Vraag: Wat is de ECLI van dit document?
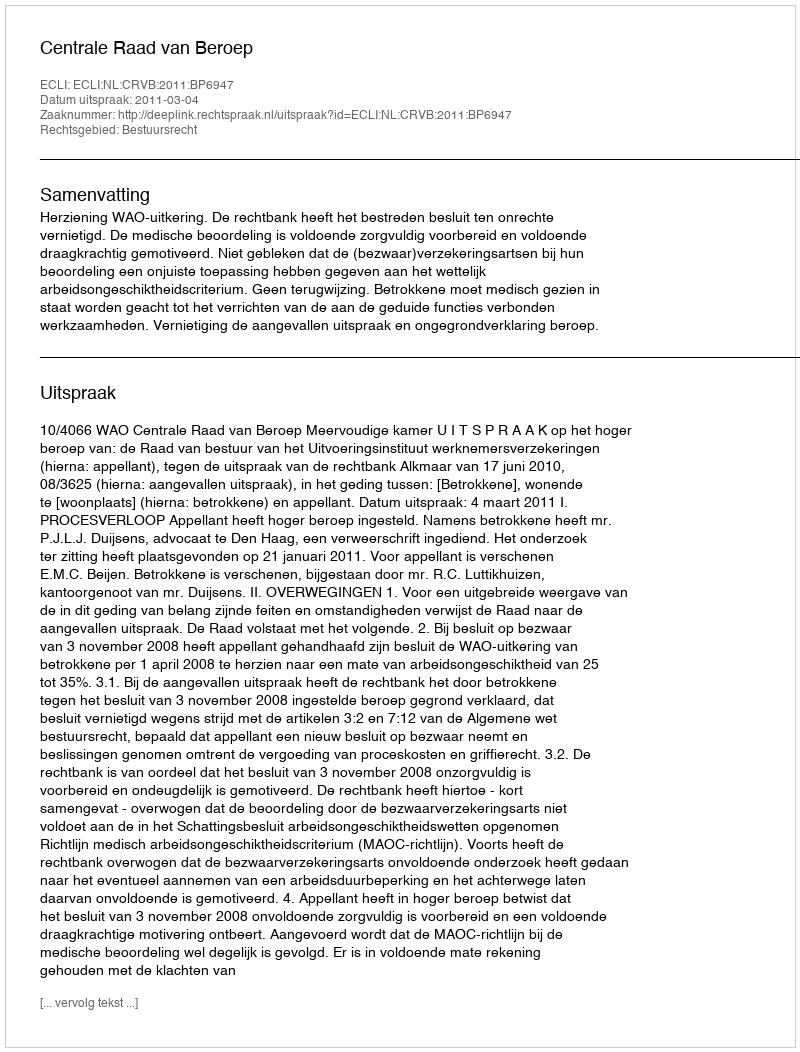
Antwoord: ECLI:NL:CRVB:2011:BP6947